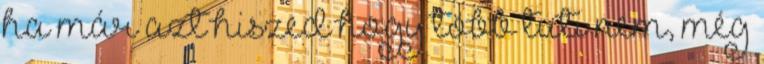
ha már azt hiszed hogy több tuti nem, még